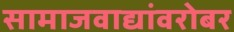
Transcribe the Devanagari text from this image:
सामाजवाद्यांवरोबर